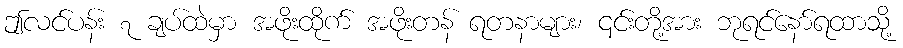
ဤလင်ပန်း ၇ ချပ်ထဲမှာ အဖိုးထိုက် အဖိုးတန် ရတနာများ၊ ၎င်းတို့အား ဘုရင်နော်ရထာသို့